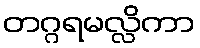
တဂ္ဂရမလ္လိကာ